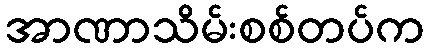
အာဏာသိမ်းစစ်တပ်က